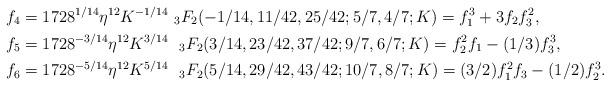
LaTeX: \begin{align*}f_4&=1728^{1/14}\eta^{12}K^{-1/14}\ _{3}F_2(-1/14, 11/42, 25/42; 5/7, 4/7; K) = f_1^3 + 3f_2f_3^2,\\f_5&= 1728^{-3/14}\eta^{12}K^{3/14}\ \ _{3}F_2(3/14, 23/42, 37/42; 9/7, 6/7; K) = f_2^2f_1 - (1/3)f_3^3,\\f_6&=1728^{-5/14}\eta^{12}K^{5/14}\ \ _{3}F_2(5/14, 29/42, 43/42; 10/7, 8/7; K)= (3/2)f_1^2f_3 - (1/2)f_2^3. \end{align*}